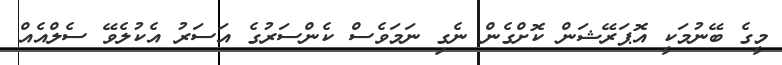
މީގެ ބޭނުމަކީ އޮޕަރޭޝަން ކޮށްގެން ނެގި ނަމަވެސް ކެންސަރުގެ އަސަރު އެކުލެވޭ ސެލްއެއް